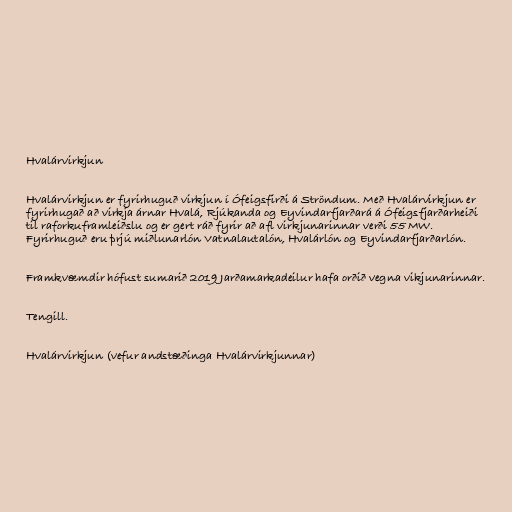
Hvalárvirkjun

Hvalárvirkjun er fyrirhuguð virkjun í Ófeigsfirði á Ströndum. Með Hvalárvirkjun er
fyrirhugað að virkja árnar Hvalá, Rjúkanda og Eyvindarfjarðará á Ófeigsfjarðarheiði
til raforkuframleiðslu og er gert ráð fyrir að afl virkjunarinnar verði 55 MW.
Fyrirhuguð eru þrjú miðlunarlón Vatnalautalón, Hvalárlón og Eyvindarfjarðarlón.

Framkvæmdir hófust sumarið 2019 Jarðamarkadeilur hafa orðið vegna vikjunarinnar.

Tengill.

Hvalárvirkjun (vefur andstæðinga Hvalárvirkjunnar)